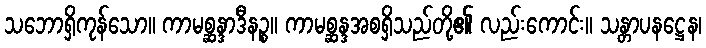
သဘောရှိကုန်သော။ ကာမစ္ဆန္ဒာဒီနဉ္စ။ ကာမစ္ဆန္ဒအစရှိသည်တို့၏ လည်းကောင်း။ သန္တာပနဋ္ဌေန၊